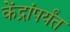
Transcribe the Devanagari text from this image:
केंद्रांपर्यंत